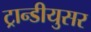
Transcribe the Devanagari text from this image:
ट्रान्डीयुसर